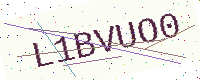
Text: L1BVUO0